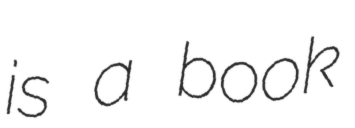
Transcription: is a book